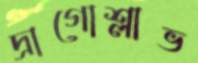
দ্রাগোশ্লাভ